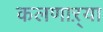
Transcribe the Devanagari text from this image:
कलणाऱ्या